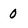
Character: 0